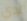
لدي